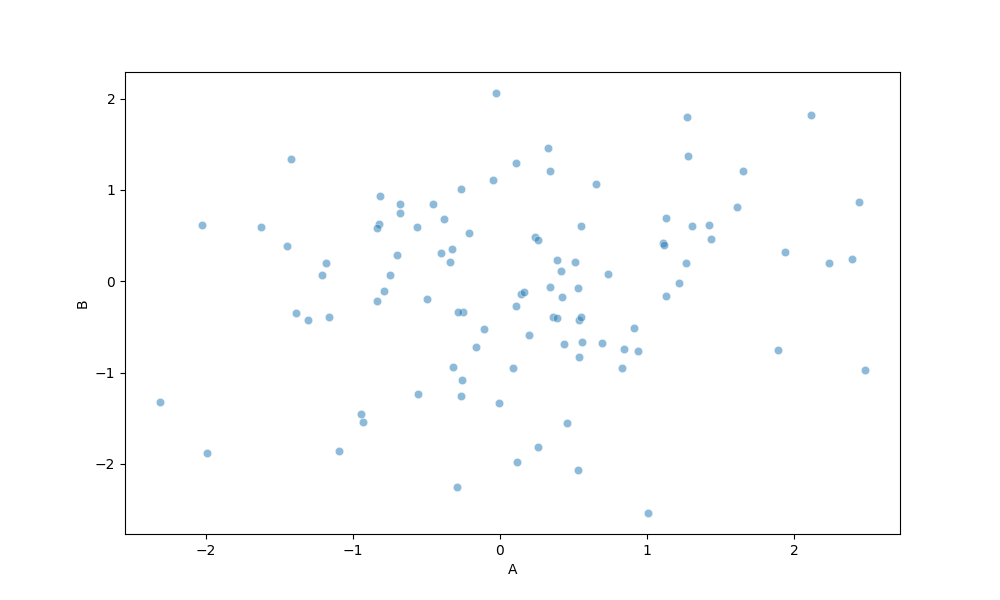
python, seaborn, scatterplot, hue='None', style='None', size='None', palette='deep', alpha=0.5